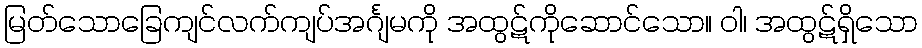
မြတ်သောခြေကျင်လက်ကျပ်အင်္ဂျမကို အထွဋ်ကိုဆောင်သော။ ဝါ၊ အထွဋ်ရှိသော